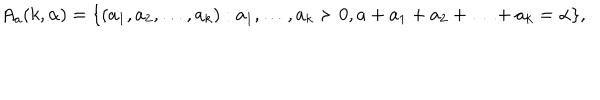
LaTeX: A _ { a } ( k , \alpha ) = \{ ( a _ { 1 } , a _ { 2 } , \ldots , a _ { k } ) : a _ { 1 } , \ldots , a _ { k } \succ 0 , a + a _ { 1 } + a _ { 2 } + \ldots + a _ { k } = \alpha \} ,